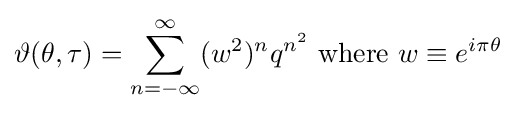
\vartheta (\theta ,\tau )=\sum _{n=-\infty }^{\infty }(w^{2})^{n}q^{n^{2}}{\text{ where }}w\equiv e^{i\pi \theta }